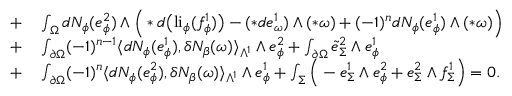
\begin{array} { r l } { + } & { { } \int _ { \Omega } d N _ { \phi } ( e _ { \phi } ^ { 2 } ) \wedge \Big ( \ast d \big ( \mathrm { l i } _ { \phi } ( f _ { \phi } ^ { 1 } ) \big ) - ( \ast d e _ { \omega } ^ { 1 } ) \wedge ( \ast \omega ) + ( - 1 ) ^ { n } d N _ { \phi } ( e _ { \phi } ^ { 1 } ) \wedge ( \ast \omega ) \Big ) } \\ { + } & { { } \int _ { \partial \Omega } ( - 1 ) ^ { n - 1 } \langle d N _ { \phi } ( e _ { \phi } ^ { 1 } ) , \delta N _ { \beta } ( \omega ) \rangle _ { \Lambda ^ { 1 } } \wedge e _ { \phi } ^ { 2 } + \int _ { \partial \Omega } \tilde { e } _ { \Sigma } ^ { 2 } \wedge e _ { \phi } ^ { 1 } } \\ { + } & { { } \int _ { \partial \Omega } ( - 1 ) ^ { n } \langle d N _ { \phi } ( e _ { \phi } ^ { 2 } ) , \delta N _ { \beta } ( \omega ) \rangle _ { \Lambda ^ { 1 } } \wedge e _ { \phi } ^ { 1 } + \int _ { \Sigma } \Big ( - e _ { \Sigma } ^ { 1 } \wedge e _ { \phi } ^ { 2 } + e _ { \Sigma } ^ { 2 } \wedge f _ { \Sigma } ^ { 1 } \Big ) = 0 . } \end{array}